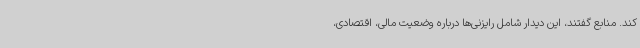
کند. منابع گفتند، این دیدار شامل رایزنی‌ها درباره وضعیت مالی، اقتصادی،